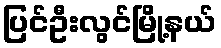
ပြင်ဦးလွင်မြို့နယ်